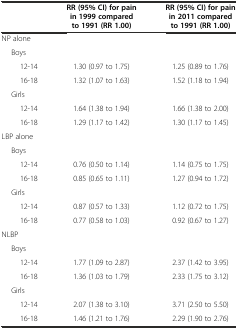
<table><thead><tr><td></td><td><b>RR (95% CI) for pain in 1999 compared to 1991 (RR 1.00)</b></td><td><b>RR (95% CI) for pain in 2011 compared to 1991 (RR 1.00)</b></td></tr></thead><tbody><tr><td>NP alone</td><td></td><td></td></tr><tr><td>Boys</td><td></td><td></td></tr><tr><td>12-14</td><td>1.30 (0.97 to 1.75)</td><td>1.25 (0.89 to 1.76)</td></tr><tr><td>16-18</td><td>1.32 (1.07 to 1.63)</td><td>1.52 (1.18 to 1.94)</td></tr><tr><td>Girls</td><td></td><td></td></tr><tr><td>12-14</td><td>1.64 (1.38 to 1.94)</td><td>1.66 (1.38 to 2.00)</td></tr><tr><td>16-18</td><td>1.29 (1.17 to 1.42)</td><td>1.30 (1.17 to 1.45)</td></tr><tr><td>LBP alone</td><td></td><td></td></tr><tr><td>Boys</td><td></td><td></td></tr><tr><td>12-14</td><td>0.76 (0.50 to 1.14)</td><td>1.14 (0.75 to 1.75)</td></tr><tr><td>16-18</td><td>0.85 (0.65 to 1.11)</td><td>1.27 (0.94 to 1.72)</td></tr><tr><td>Girls</td><td></td><td></td></tr><tr><td>12-14</td><td>0.87 (0.57 to 1.33)</td><td>1.12 (0.72 to 1.75)</td></tr><tr><td>16-18</td><td>0.77 (0.58 to 1.03)</td><td>0.92 (0.67 to 1.27)</td></tr><tr><td>NLBP</td><td></td><td></td></tr><tr><td>Boys</td><td></td><td></td></tr><tr><td>12-14</td><td>1.77 (1.09 to 2.87)</td><td>2.37 (1.42 to 3.95)</td></tr><tr><td>16-18</td><td>1.36 (1.03 to 1.79)</td><td>2.33 (1.75 to 3.12)</td></tr><tr><td>Girls</td><td></td><td></td></tr><tr><td>12-14</td><td>2.07 (1.38 to 3.10)</td><td>3.71 (2.50 to 5.50)</td></tr><tr><td>16-18</td><td>1.46 (1.21 to 1.76)</td><td>2.29 (1.90 to 2.76)</td></tr></tbody></table>